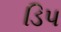
ડિપ